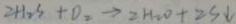
2 H _ { 2 } S + O _ { 2 } \rightarrow 2 H _ { 2 } O + _ { 2 } S \downarrow